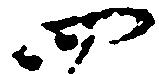
四